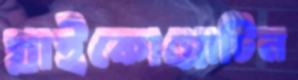
গ্লাইকোপ্রোটিন